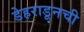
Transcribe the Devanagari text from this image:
डेहराडूनची